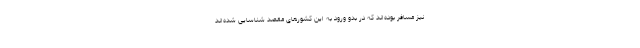
نیز مسافر بوده‌اند که در بدو ورود به این کشورهای مقصد شناسایی شده‌اند